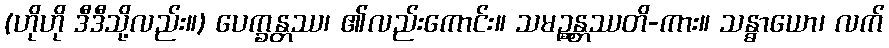
(ဟိုဟို ဒီဒီသို့လည်း။) ပေက္ခန္တဿ၊ ၏လည်းကောင်း။ သမဉ္ဆန္တဿတိ-ကား။ သန္ဓာယော၊ လက်